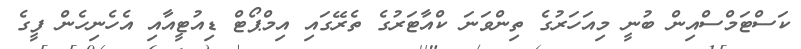
ކަސްޓަމްސްއިން ބުނީ މިއަހަރުގެ ތިންވަނަ ކްއާޓަރުގެ ތެރޭގައި އިމްޕޯޓް ޑިއުޓީއާއި އެހެނިހެން ފީގެ